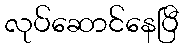
လုပ်ဆောင်နေပြီ